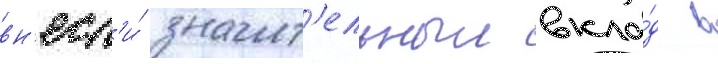
вн'есл'и́ значит'ельныи вкла́д в